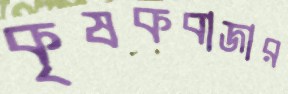
কৃষকবাজার